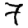
Digit: 7